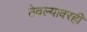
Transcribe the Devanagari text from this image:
ठेवल्यावरही